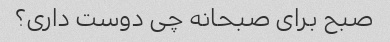
صبح برای صبحانه چی دوست داری؟